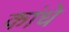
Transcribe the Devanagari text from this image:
कांधे